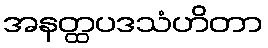
အနတ္ထပဒသံဟိတာ